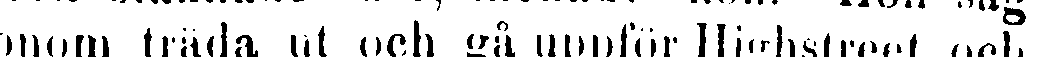
onom träda ut och gå uppför Highstreet, och